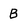
Character: B